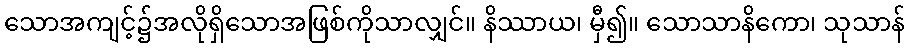
သောအကျင့်၌အလိုရှိသောအဖြစ်ကိုသာလျှင်။ နိဿာယ၊ မှီ၍။ သောသာနိကော၊ သုသာန်